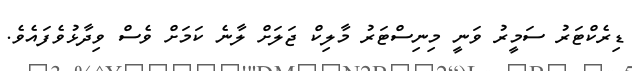
ޑިރެކްޓަރު ސަމީރު ވަނީ މިނިސްޓަރު މާލިކް ޖަލަށް ލާނެ ކަމަށް ވެސް ވިދާޅުވެފައެވެ.